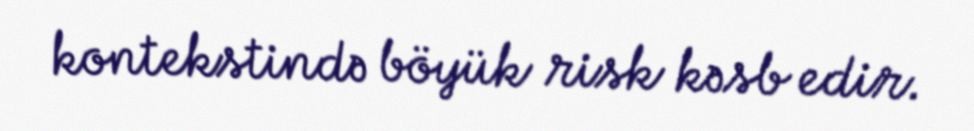
kontekstində böyük risk kəsb edir.